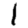
Digit: 1